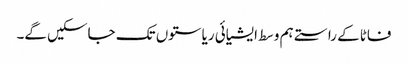
فاٹا کے راستے ہم وسط ایشیائی ریاستوں تک جاسکیں گے۔